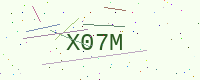
Text: X07M